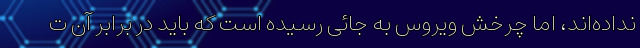
نداده‌اند، اما چرخش ویروس به جائی رسیده است که باید در برابر آن ت